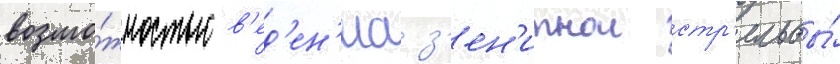
возмо́жностью в'ед'ен'иа з'ен'итнои стр'ельбы́